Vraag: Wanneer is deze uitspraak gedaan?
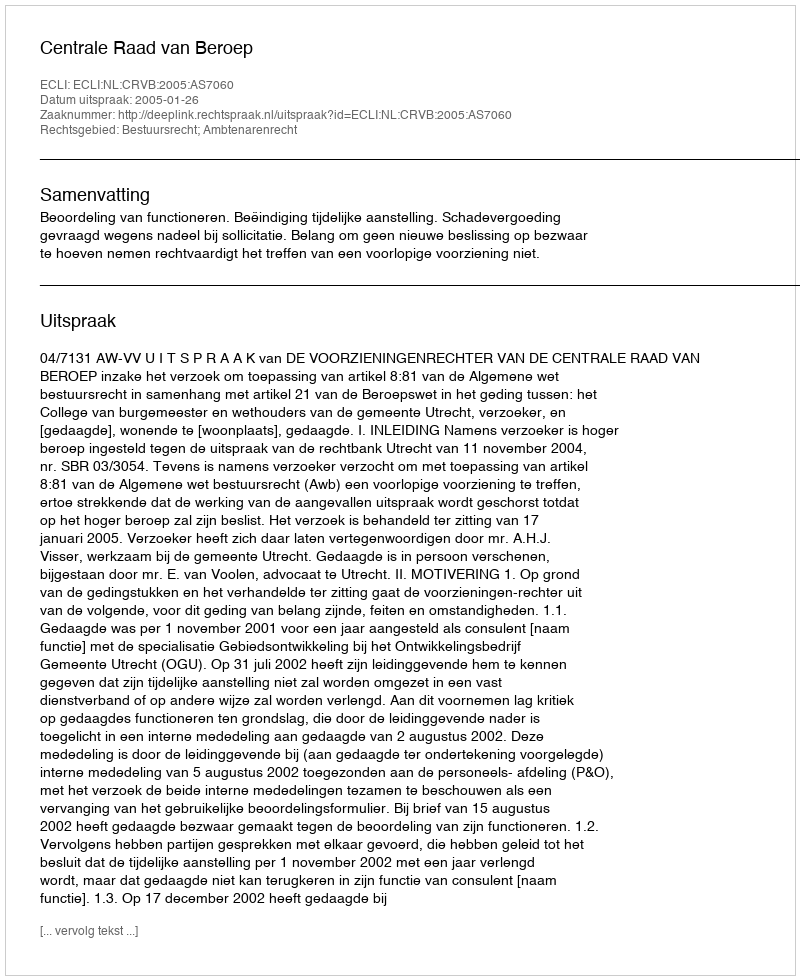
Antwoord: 2005-01-26